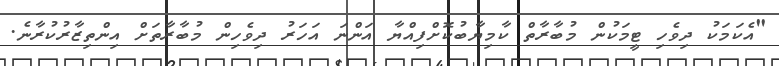
"އެކަމަކު ދިވެހި ޓީމަކުން މުބާރާތް ކާމިޔާބުކޮށްފިއްޔާ އަންނަ އަހަރު ދިވެހިން މުބާރާތަށް އިންތިޒާރުކުރާނެ.